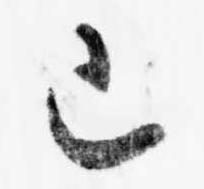
已